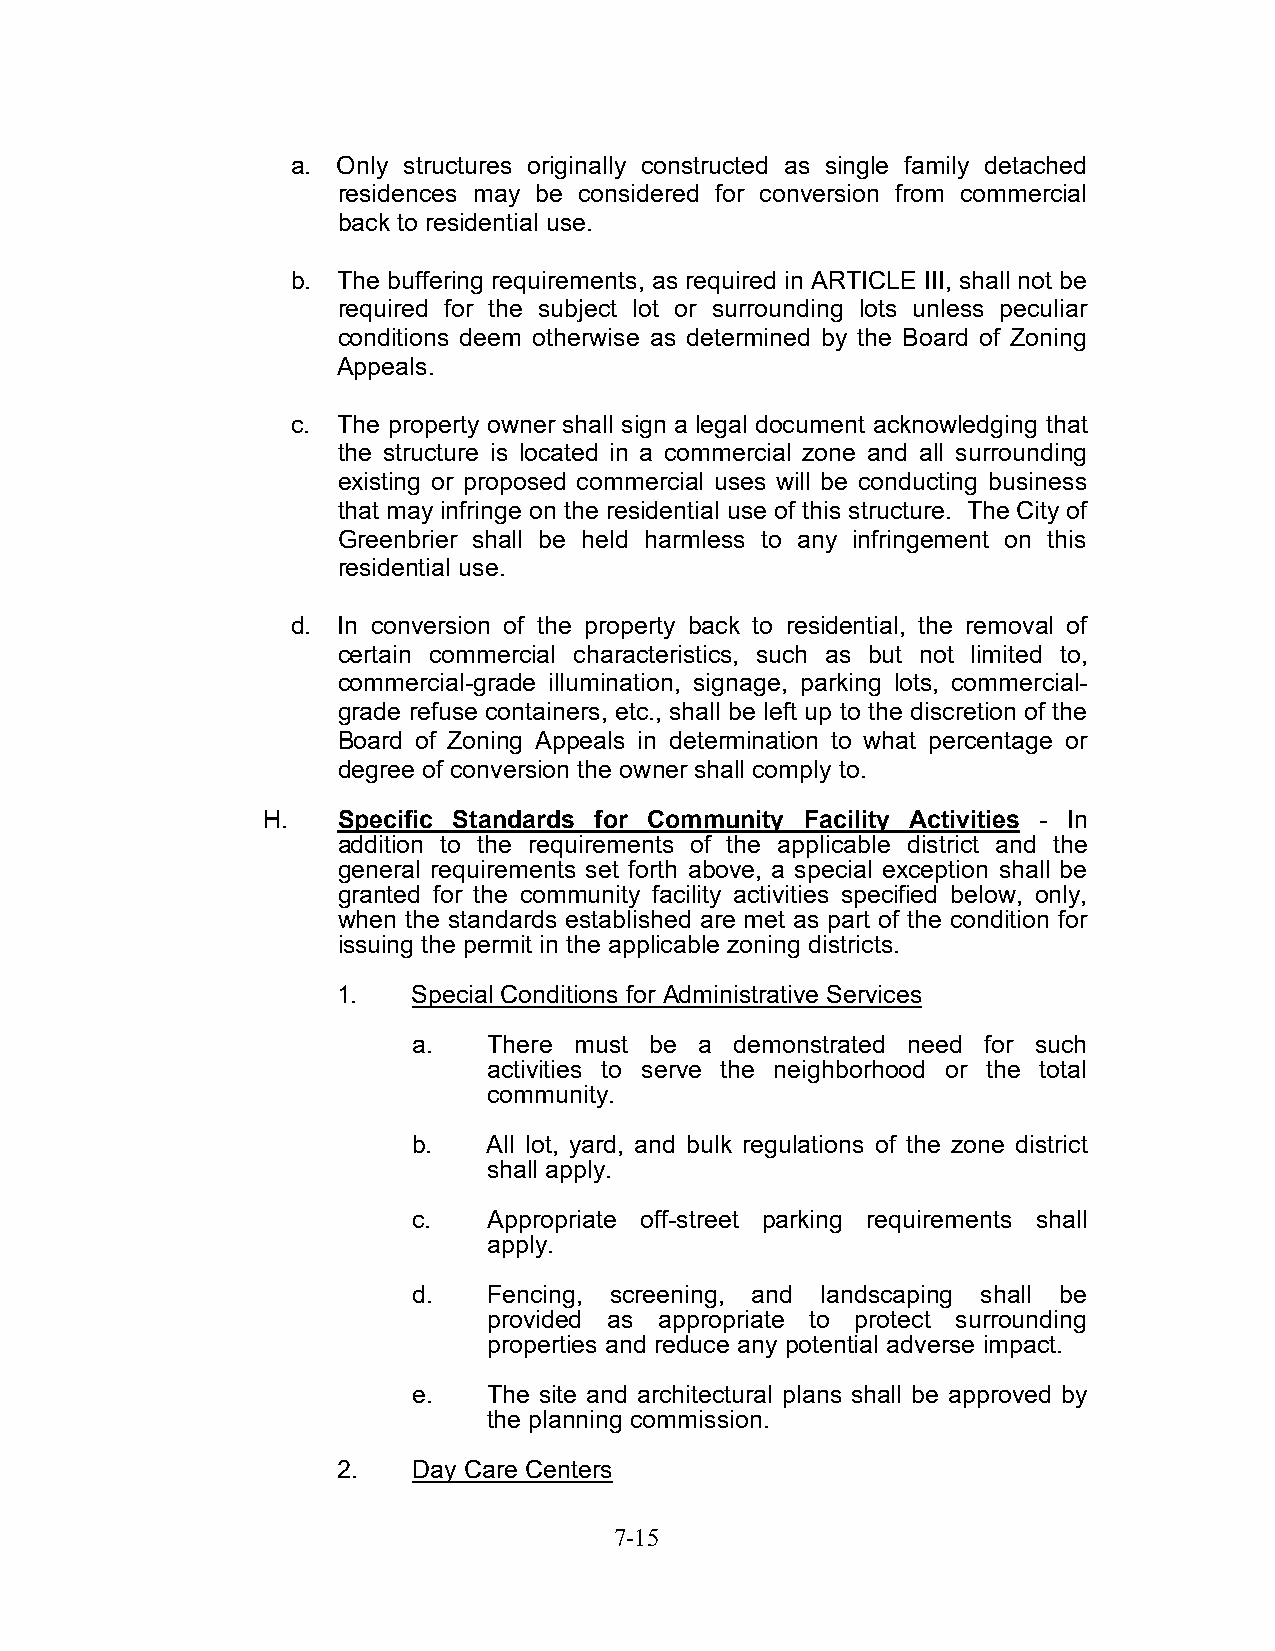
a. Only structures originally constructed as single family detached
 residences may be considered for conversion from commercial
 back to residential use.
 b. The buffering requirements, as required in ARTICLE III, shall not be
 required for the subject lot or surrounding lots unless peculiar
 conditions deem otherwise as determined by the Board of Zoning
 Appeals.
 c. The property owner shall sign a legal document acknowledging that
 the structure is located in a commercial zone and all surrounding
 existing or proposed commercial uses will be conducting business
 that may infringe on the residential use of this structure. The City of
 Greenbrier shall be held harmless to any infringement on this
 residential use.
 d. In conversion of the property back to residential, the removal of
 certain commercial characteristics, such as but not limited to,
 commercial-grade illumination, signage, parking lots, commercial-
 grade refuse containers, etc., shall be left up to the discretion of the
 Board of Zoning Appeals in determination to what percentage or
 degree of conversion the owner shall comply to.
 H.   Specific Standards for Community Facility Activities - In
 addition to the requirements of the applicable district and the
 general requirements set forth above, a special exception shall be
 granted for the community facility activities specified below, only,
 when the standards established are met as part of the condition for
 issuing the permit in the applicable zoning districts.
 1.   Special Conditions for Administrative Services
 a.   There must be a  demonstrated need for such
 activities to serve the neighborhood or the total
 community.
 b.   All lot, yard, and bulk regulations of the zone district
 shall apply.
 c.   Appropriate off-street parking requirements shall
 apply.
 d.   Fencing, screening, and landscaping shall be
 provided as appropriate to protect surrounding
 properties and reduce any potential adverse impact.
 e.   The site and architectural plans shall be approved by
 the planning commission.
 2.   Day Care Centers
 7-15